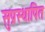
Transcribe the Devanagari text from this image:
सुप्रस्थापित